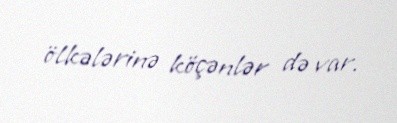
ölkələrinə köçənlər də var.